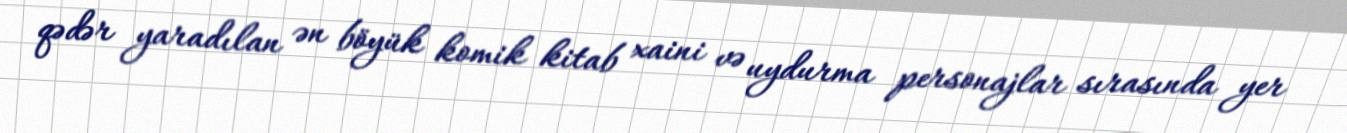
qədər yaradılan ən böyük komik kitab xaini və uydurma personajlar sırasında yer